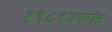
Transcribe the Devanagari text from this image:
१९८९उपरांत